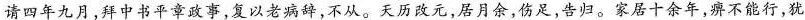
请四年九月，拜中书平章政事，复以老病辞，不从。天历\underset{·}{改}\underset{·}{元}，居月余，伤足，告归。家居十余年，痹不能行，犹